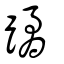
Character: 蹫